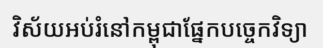
វិស័យអប់រំនៅកម្ពុជាផ្នែកបច្ចេកវិទ្យា